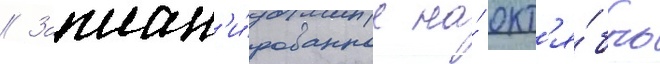
// Заплан'и́рованное на́ окт'я́брь